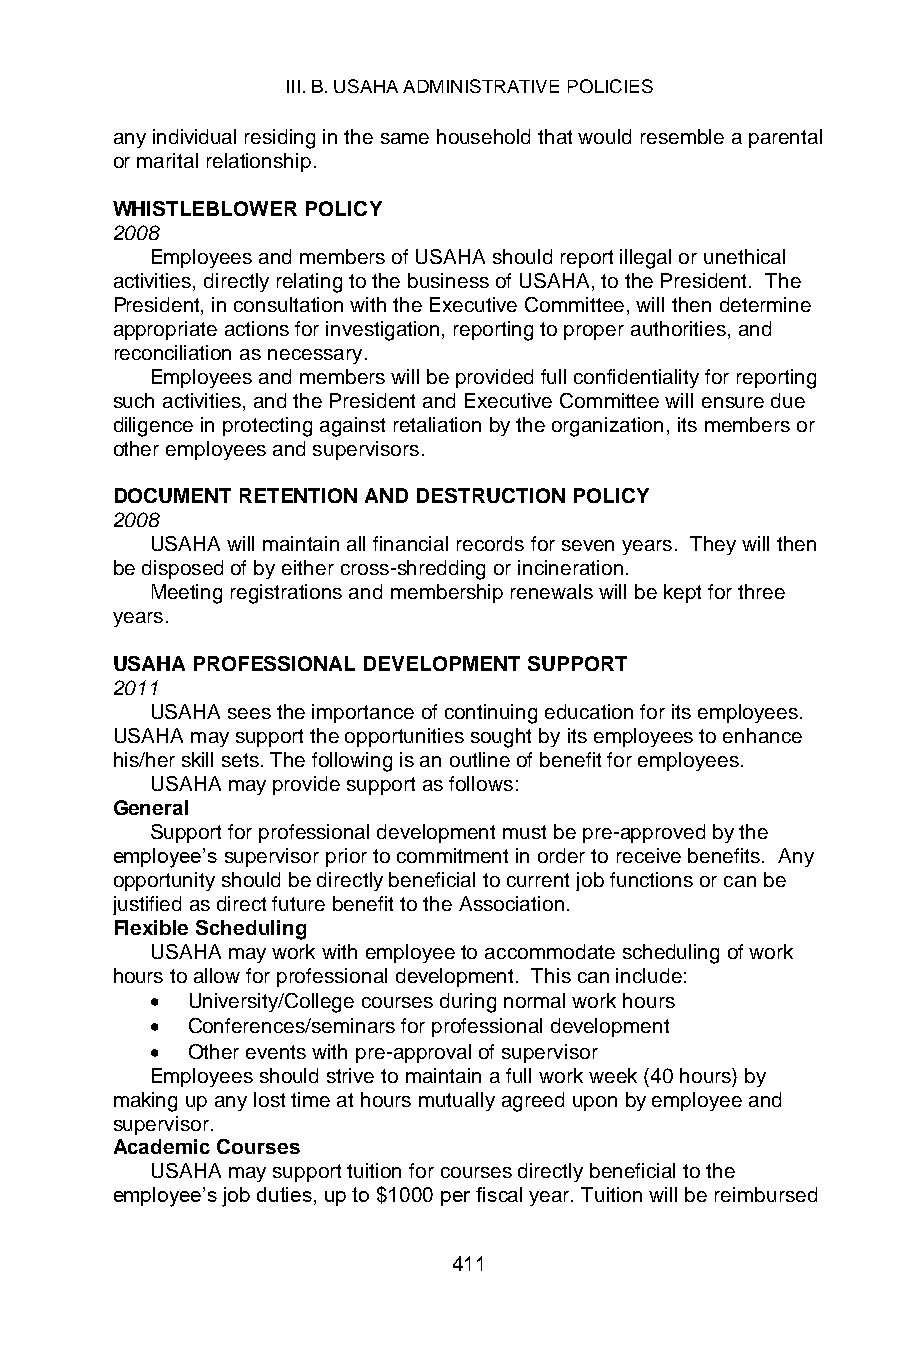
III. B. USAHA ADMINISTRATIVE POLICIES
 any individual residing in the same household that would resemble a parental
 or marital relationship.
 WHISTLEBLOWER POLICY
 2008
 Employees and members of USAHA should report illegal or unethical
 activities, directly relating to the business of USAHA, to the President. The
 President, in consultation with the Executive Committee, will then determine
 appropriate actions for investigation, reporting to proper authorities, and
 reconciliation as necessary.
 Employees and members will be provided full confidentiality for reporting
 such activities, and the President and Executive Committee will ensure due
 diligence in protecting against retaliation by the organization, its members or
 other employees and supervisors.
 DOCUMENT RETENTION AND DESTRUCTION POLICY
 2008
 USAHA will maintain all financial records for seven years. They will then
 be disposed of by either cross-shredding or incineration.
 Meeting registrations and membership renewals will be kept for three
 years.
 USAHA PROFESSIONAL DEVELOPMENT SUPPORT
 2011
 USAHA sees the importance of continuing education for its employees.
 USAHA may support the opportunities sought by its employees to enhance
 his/her skill sets. The following is an outline of benefit for employees.
 USAHA may provide support as follows:
 General
 Support for professional development must be pre-approved by the
 employee’s supervisor prior to commitment in order to receive benefits. Any
 opportunity should be directly beneficial to current job functions or can be
 justified as direct future benefit to the Association.
 Flexible Scheduling
 USAHA may work with employee to accommodate scheduling of work
 hours to allow for professional development. This can include:
 • University/College courses during normal work hours
 • Conferences/seminars for professional development
 • Other events with pre-approval of supervisor
 Employees should strive to maintain a full work week (40 hours) by
 making up any lost time at hours mutually agreed upon by employee and
 supervisor.
 Academic Courses
 USAHA may support tuition for courses directly beneficial to the
 employee’s job duties, up to $1000 per fiscal year. Tuition will be reimbursed
 411